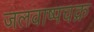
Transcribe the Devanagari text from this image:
जलवाष्पचक्र